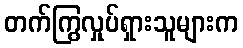
တက်ကြွလှုပ်ရှားသူများက